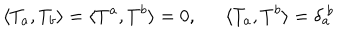
\langle T _ { a } , T _ { b } \rangle = \langle T ^ { a } , T ^ { b } \rangle = 0 , \langle T _ { a } , T ^ { b } \rangle = \delta _ { a } ^ { ~ b }